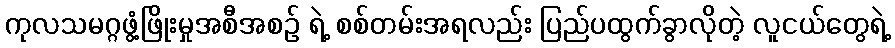
ကုလသမဂ္ဂဖွံ့ဖြိုးမှုအစီအစဉ် ရဲ့ စစ်တမ်းအရလည်း ပြည်ပထွက်ခွာလိုတဲ့ လူငယ်တွေရဲ့